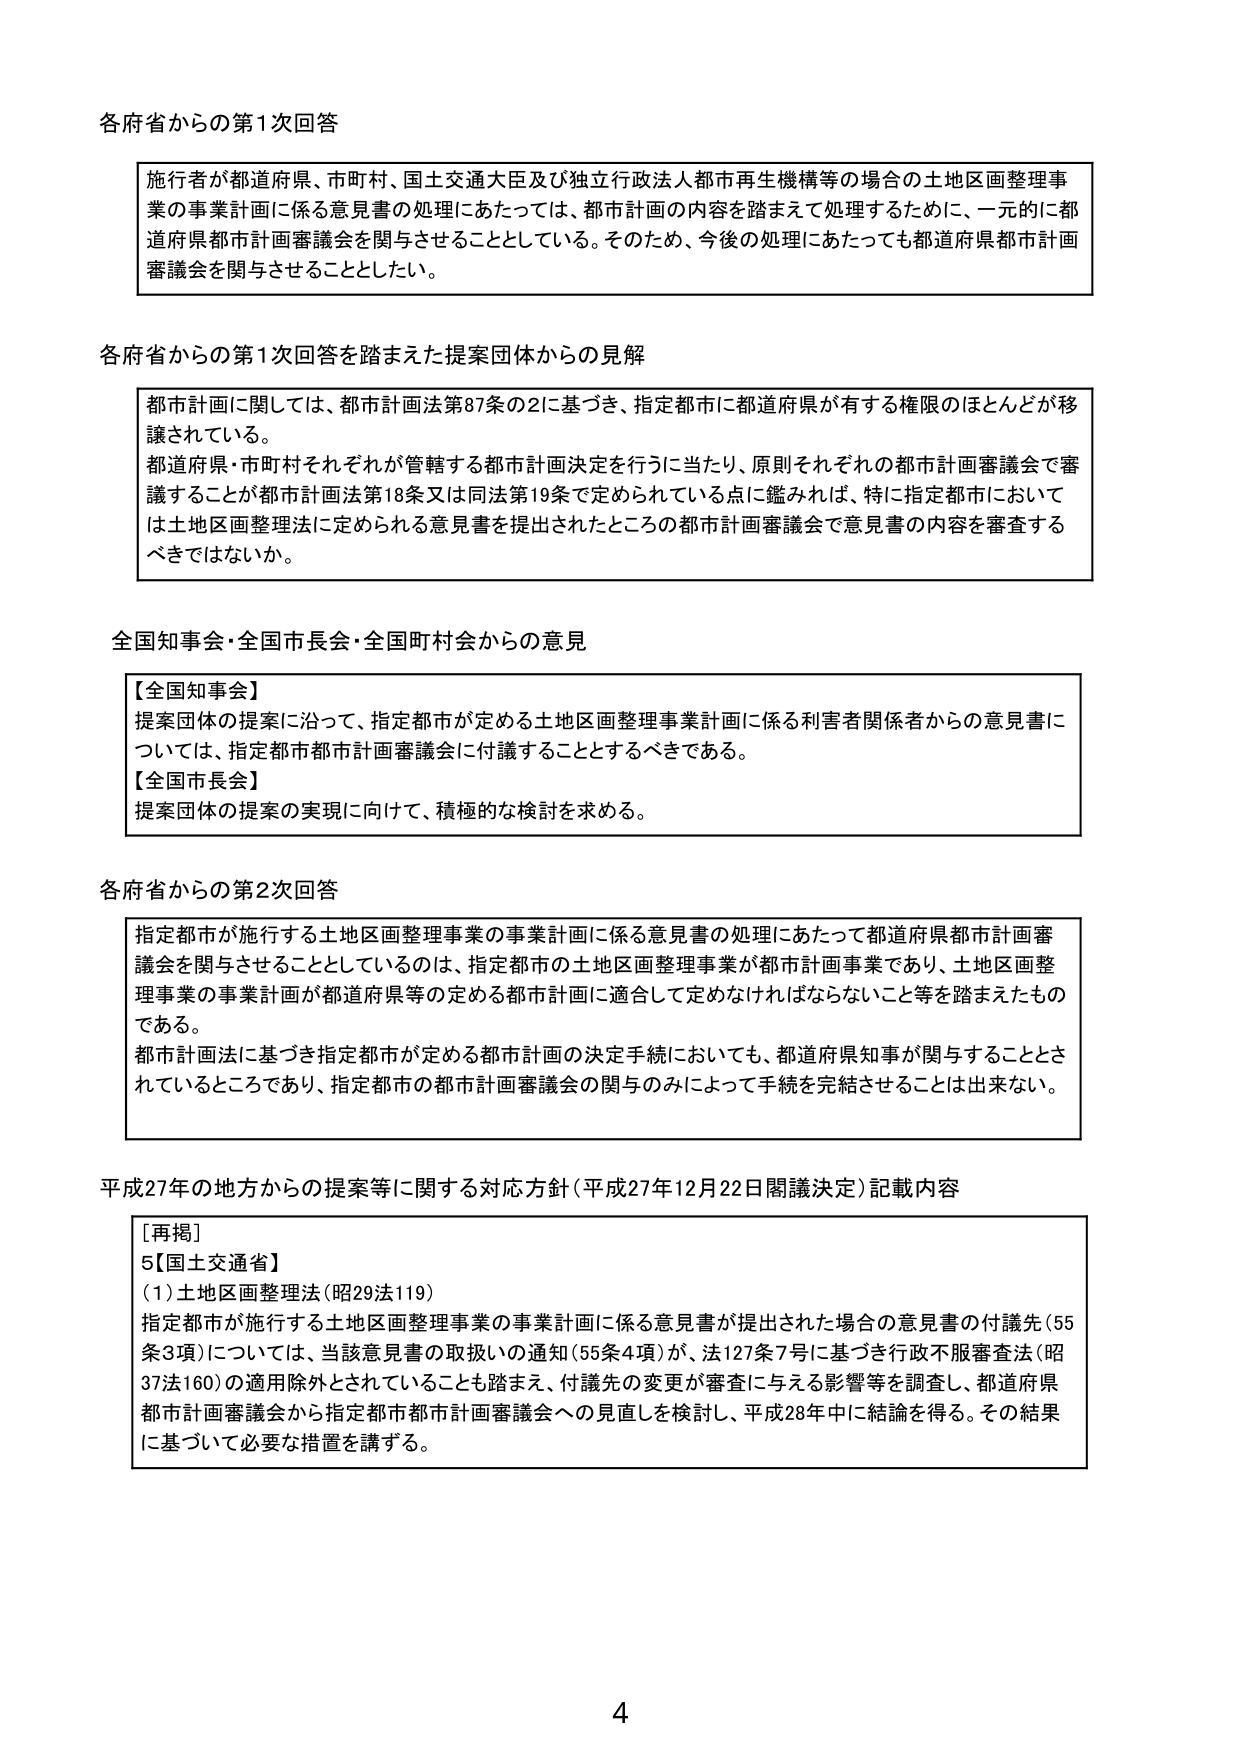
各府省からの第1次回答

施行者が都道府県、市町村、国土交通大臣及び独立行政法人都市再生機構等の場合の土地区画整理事業の事業計画に係る意見書の処理にあたっては、都市計画の内容を踏まえて処理するために、一元的に都道府県都市計画審議会を関与させることとしている。そのため、今後の処理にあたっても都道府県都市計画審議会を関与させることとした。

各府省からの第1次回答を踏まえた提案団体からの見解

都市計画に関しては、都市計画法第87条の2に基づき、指定都市に都道府県が有する権限のほとんどが移譲されている。
都道府県・市町村それぞれが管轄する都市計画決定を行うに当たり、原則それぞれの都市計画審議会で審議することが都市計画法第18条又は同法第19条で定められている点に鑑みれば、特に指定都市においては土地区画整理法に定められる意見書を提出されたところの都市計画審議会で意見書の内容を審査するべきではないか。

全国知事会・全国市長会・全国町村会からの意見

【全国知事会】
提案団体の提案に沿って、指定都市が定める土地区画整理事業計画に係る利害者関係者からの意見書については、指定都市都市計画審議会に付議することとするべきである。
【全国市長会】
提案団体の提案の実現に向けて、積極的な検討を求める。

各府省からの第2次回答

指定都市が施行する土地区画整理事業の事業計画に係る意見書の処理にあたって都道府県都市計画審議会を関与させることとしているのは、指定都市の土地区画整理事業が都市計画事業であり、土地区画整理事業の事業計画が都道府県等の定める都市計画に適合して定めなければならないことを踏まえたものである。
都市計画法に基づき指定都市が定める都市計画の決定手続においても、都道府県知事が関与することとされているところであり、指定都市の都市計画審議会の関与のみによって手続を完結させることは出来ない。

平成27年の地方からの提案等に関する対応方針（平成27年12月22日閣議決定）記載内容

［再掲］
5【国土交通省】
（1）土地区画整理法（昭29法119）
指定都市が施行する土地区画整理事業の事業計画に係る意見書が提出された場合の意見書の付議先（55条3項）については、当該意見書の取扱いの通知（55条4項）が、法127条7号に基づき行政不服審査法（昭37法160）の適用除外とされていることも踏まえ、付議先の変更が審査に与える影響等を調査し、都道府県都市計画審議会から指定都市都市計画審議会への見直しを検討し、平成28年中に結論を得る。その結果に基づいて必要な措置を講ずる。

4